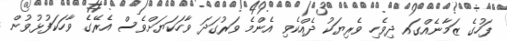
ފަހުގެ ޒަމާނެއްގައ ދިވެހި ވެރިޔަކު ދެއްކެވި އެންމެ ވަރުގަދަ ވާހަކަޔަށްވެސް އެރޭގެ ވާހަކަފުޅުވުން